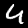
Label: 4